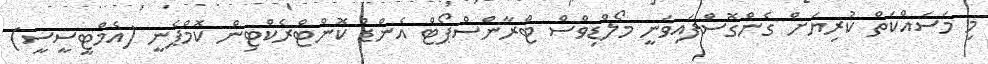
މި މަސައްކަތް ކުރިޔަށް ގެންގޮސްފައިވަނީ މޯލްޑިވްސް ޓްރާންސްޕޯޓް އެންޑް ކޮންޓްރެކްޓިން ކޮމްޕެނީ (އެމްޓީސީސީ)